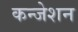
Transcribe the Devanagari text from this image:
कन्जेशन